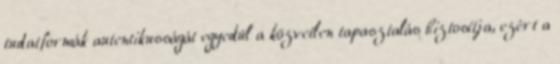
tudatformák autentikusságát egyedül a közvetlen tapasztalás biztosítja, ezért a